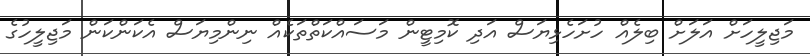
މަޖިލީހަށް އަލަށް ބިލެއް ހުށަހެޅިޔަސް އަދި ކޮމިޓީން މަސައްކަތްތަކެއް ނިންމިޔަސް އެކަންކަން މަޖިލީހުގެ